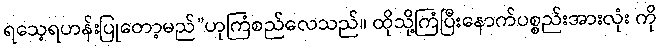
ရသေ့ရဟန်းပြုတော့မည်”ဟုကြံစည်လေသည်။ ထိုသို့ကြံပြီးနောက်ပစ္စည်းအားလုံး ကို